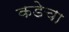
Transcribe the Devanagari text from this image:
कडेचा